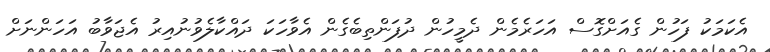
އެކަމަކު ފަހުން ގެއަށްގޮސް އަހަރެމެން ދެމީހުން ދުފަންތިބެގެން އެވާހަކަ ދައްކާލެވުނުއިރު އެޖަވާބު އަހަންނަށް